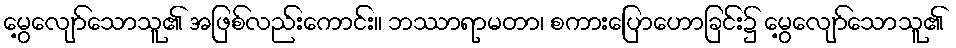
မွေ့လျော်သောသူ၏ အဖြစ်လည်းကောင်း။ ဘဿာရာမတာ၊ စကားပြောဟောခြင်း၌ မွေ့လျော်သောသူ၏